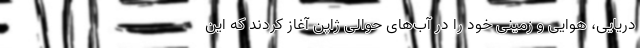
دریایی، هوایی و زمینی خود را در آب‌های حوالی ژاپن آغاز کردند که این